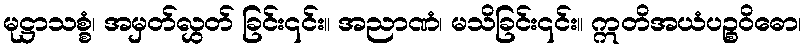
မုဋ္ဌာသစ္စံ၊ အမှတ်လွှတ် ခြင်း၎င်း။ အညာဏံ၊ မသိခြင်း၎င်း။ ဣတိအယံပဉ္စဝိဓော၊